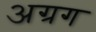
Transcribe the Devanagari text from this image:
अग्रग